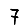
Digit: 7